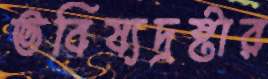
ভবিষ্যদ্রষ্টার